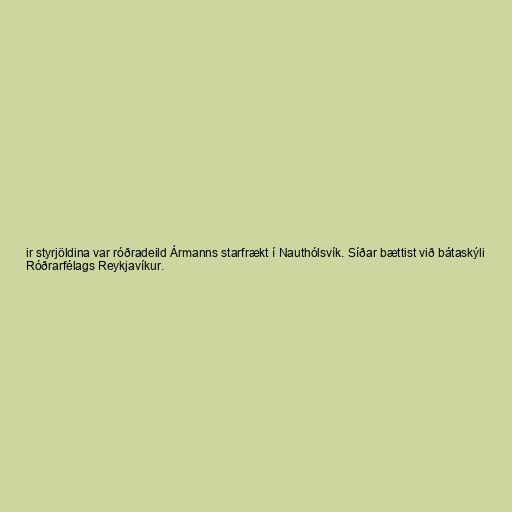
ir styrjöldina var róðradeild Ármanns starfrækt í Nauthólsvík. Síðar bættist við bátaskýli
Róðrarfélags Reykjavíkur.